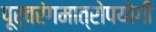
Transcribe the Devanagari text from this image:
पूर्वरंगमात्रोपयोगी